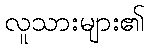
လူသားများ၏